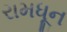
રામધૂન